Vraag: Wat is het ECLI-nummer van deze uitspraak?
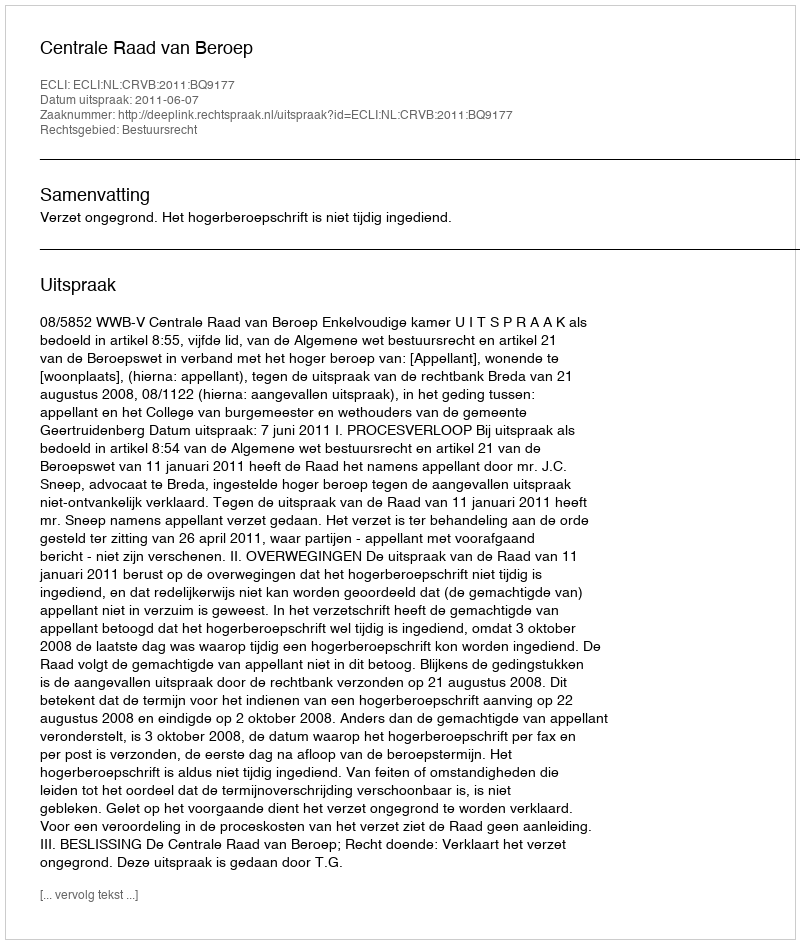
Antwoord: ECLI:NL:CRVB:2011:BQ9177